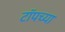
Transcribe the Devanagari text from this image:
टाॅपच्या